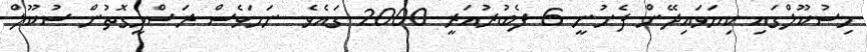
މިސުކޫލްގައި ކިޔަވައިދޭން ފެށުނީ 6 ފެބުރުއަރީ 2000 ގައެވެ. ނަމަވެސް ރަސްމީގޮތުން ސުކޫލް